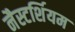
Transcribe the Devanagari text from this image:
नैस्टर्शियम